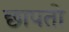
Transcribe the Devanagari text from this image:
छापतो